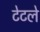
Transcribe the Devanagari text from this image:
टेटले